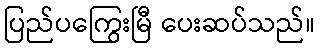
ပြည်ပကြွေးမြီ ပေးဆပ်သည်။